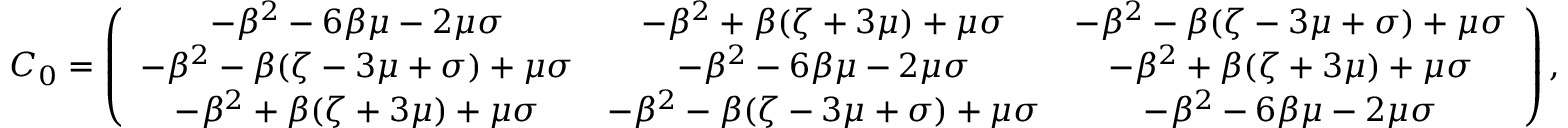
\begin{array} { r } { \boldsymbol C _ { 0 } = \left( \begin{array} { c c c } { - \beta ^ { 2 } - 6 \beta \mu - 2 \mu \sigma } & { - \beta ^ { 2 } + \beta ( \zeta + 3 \mu ) + \mu \sigma } & { - \beta ^ { 2 } - \beta ( \zeta - 3 \mu + \sigma ) + \mu \sigma } \\ { - \beta ^ { 2 } - \beta ( \zeta - 3 \mu + \sigma ) + \mu \sigma } & { - \beta ^ { 2 } - 6 \beta \mu - 2 \mu \sigma } & { - \beta ^ { 2 } + \beta ( \zeta + 3 \mu ) + \mu \sigma } \\ { - \beta ^ { 2 } + \beta ( \zeta + 3 \mu ) + \mu \sigma } & { - \beta ^ { 2 } - \beta ( \zeta - 3 \mu + \sigma ) + \mu \sigma } & { - \beta ^ { 2 } - 6 \beta \mu - 2 \mu \sigma } \end{array} \right) , } \end{array}